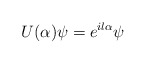
\begin{align*}U(\alpha)\psi=e^{il\alpha}\psi\end{align*}